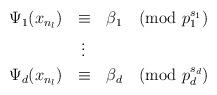
LaTeX: \begin{align*} \begin{aligned} \Psi_1(x_{n_l}) \:\:\: & \equiv \:\:\: \beta_1 \pmod {p_1^{s_1}}\\ & \:\: \vdots \\ \Psi_d(x_{n_l}) \:\:\: & \equiv \:\:\: \beta_d \pmod {p_d^{s_d}} \end{aligned}\end{align*}